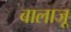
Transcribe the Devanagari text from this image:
बालाजू